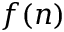
f ( n )